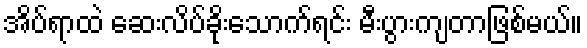
အိပ်ရာထဲ ဆေးလိပ်ခိုးသောက်ရင်း မီးပွားကျတာဖြစ်မယ်။